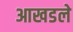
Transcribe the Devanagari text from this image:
आखडले